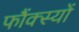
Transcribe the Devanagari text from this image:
फौंक्स्यों